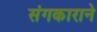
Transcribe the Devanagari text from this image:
संगकाराने